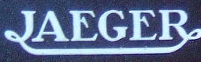
JAEGER